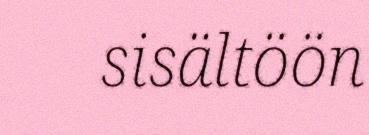
sisältöön